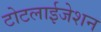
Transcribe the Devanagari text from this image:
टोटलाईजेशन